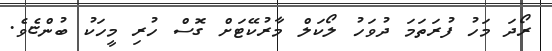
ރޯދަ މަހު ފުރަތަމަ ދުވަހު ލޯކަލް މާރުކޭޓަށް ގޮސް ހުރި މީހަކު ބުންޏެވެ.